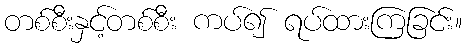
တစ်စီးနှင့်တစ်စီး ကပ်၍ ရပ်ထားကြခြင်း။